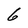
Character: 6